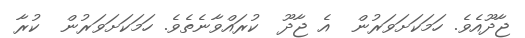
ޖާދޫއެވެ. ހަމަކަށަވަރުން  އެ ޖާދޫ  ކުރައްވާނެތެވެ. ހަމަކަށަވަރުން  ކުރާ